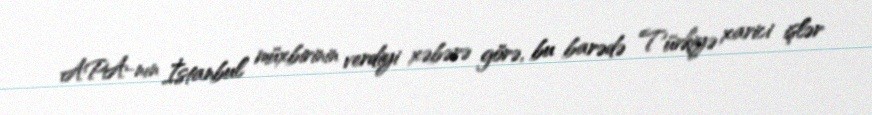
APA-nın İstanbul müxbirinin verdiyi xəbərə görə, bu barədə Türkiyə xarici işlər